Eesti_Evangeeliumi_Luteri_Usu_Konsistoorium, lk 3
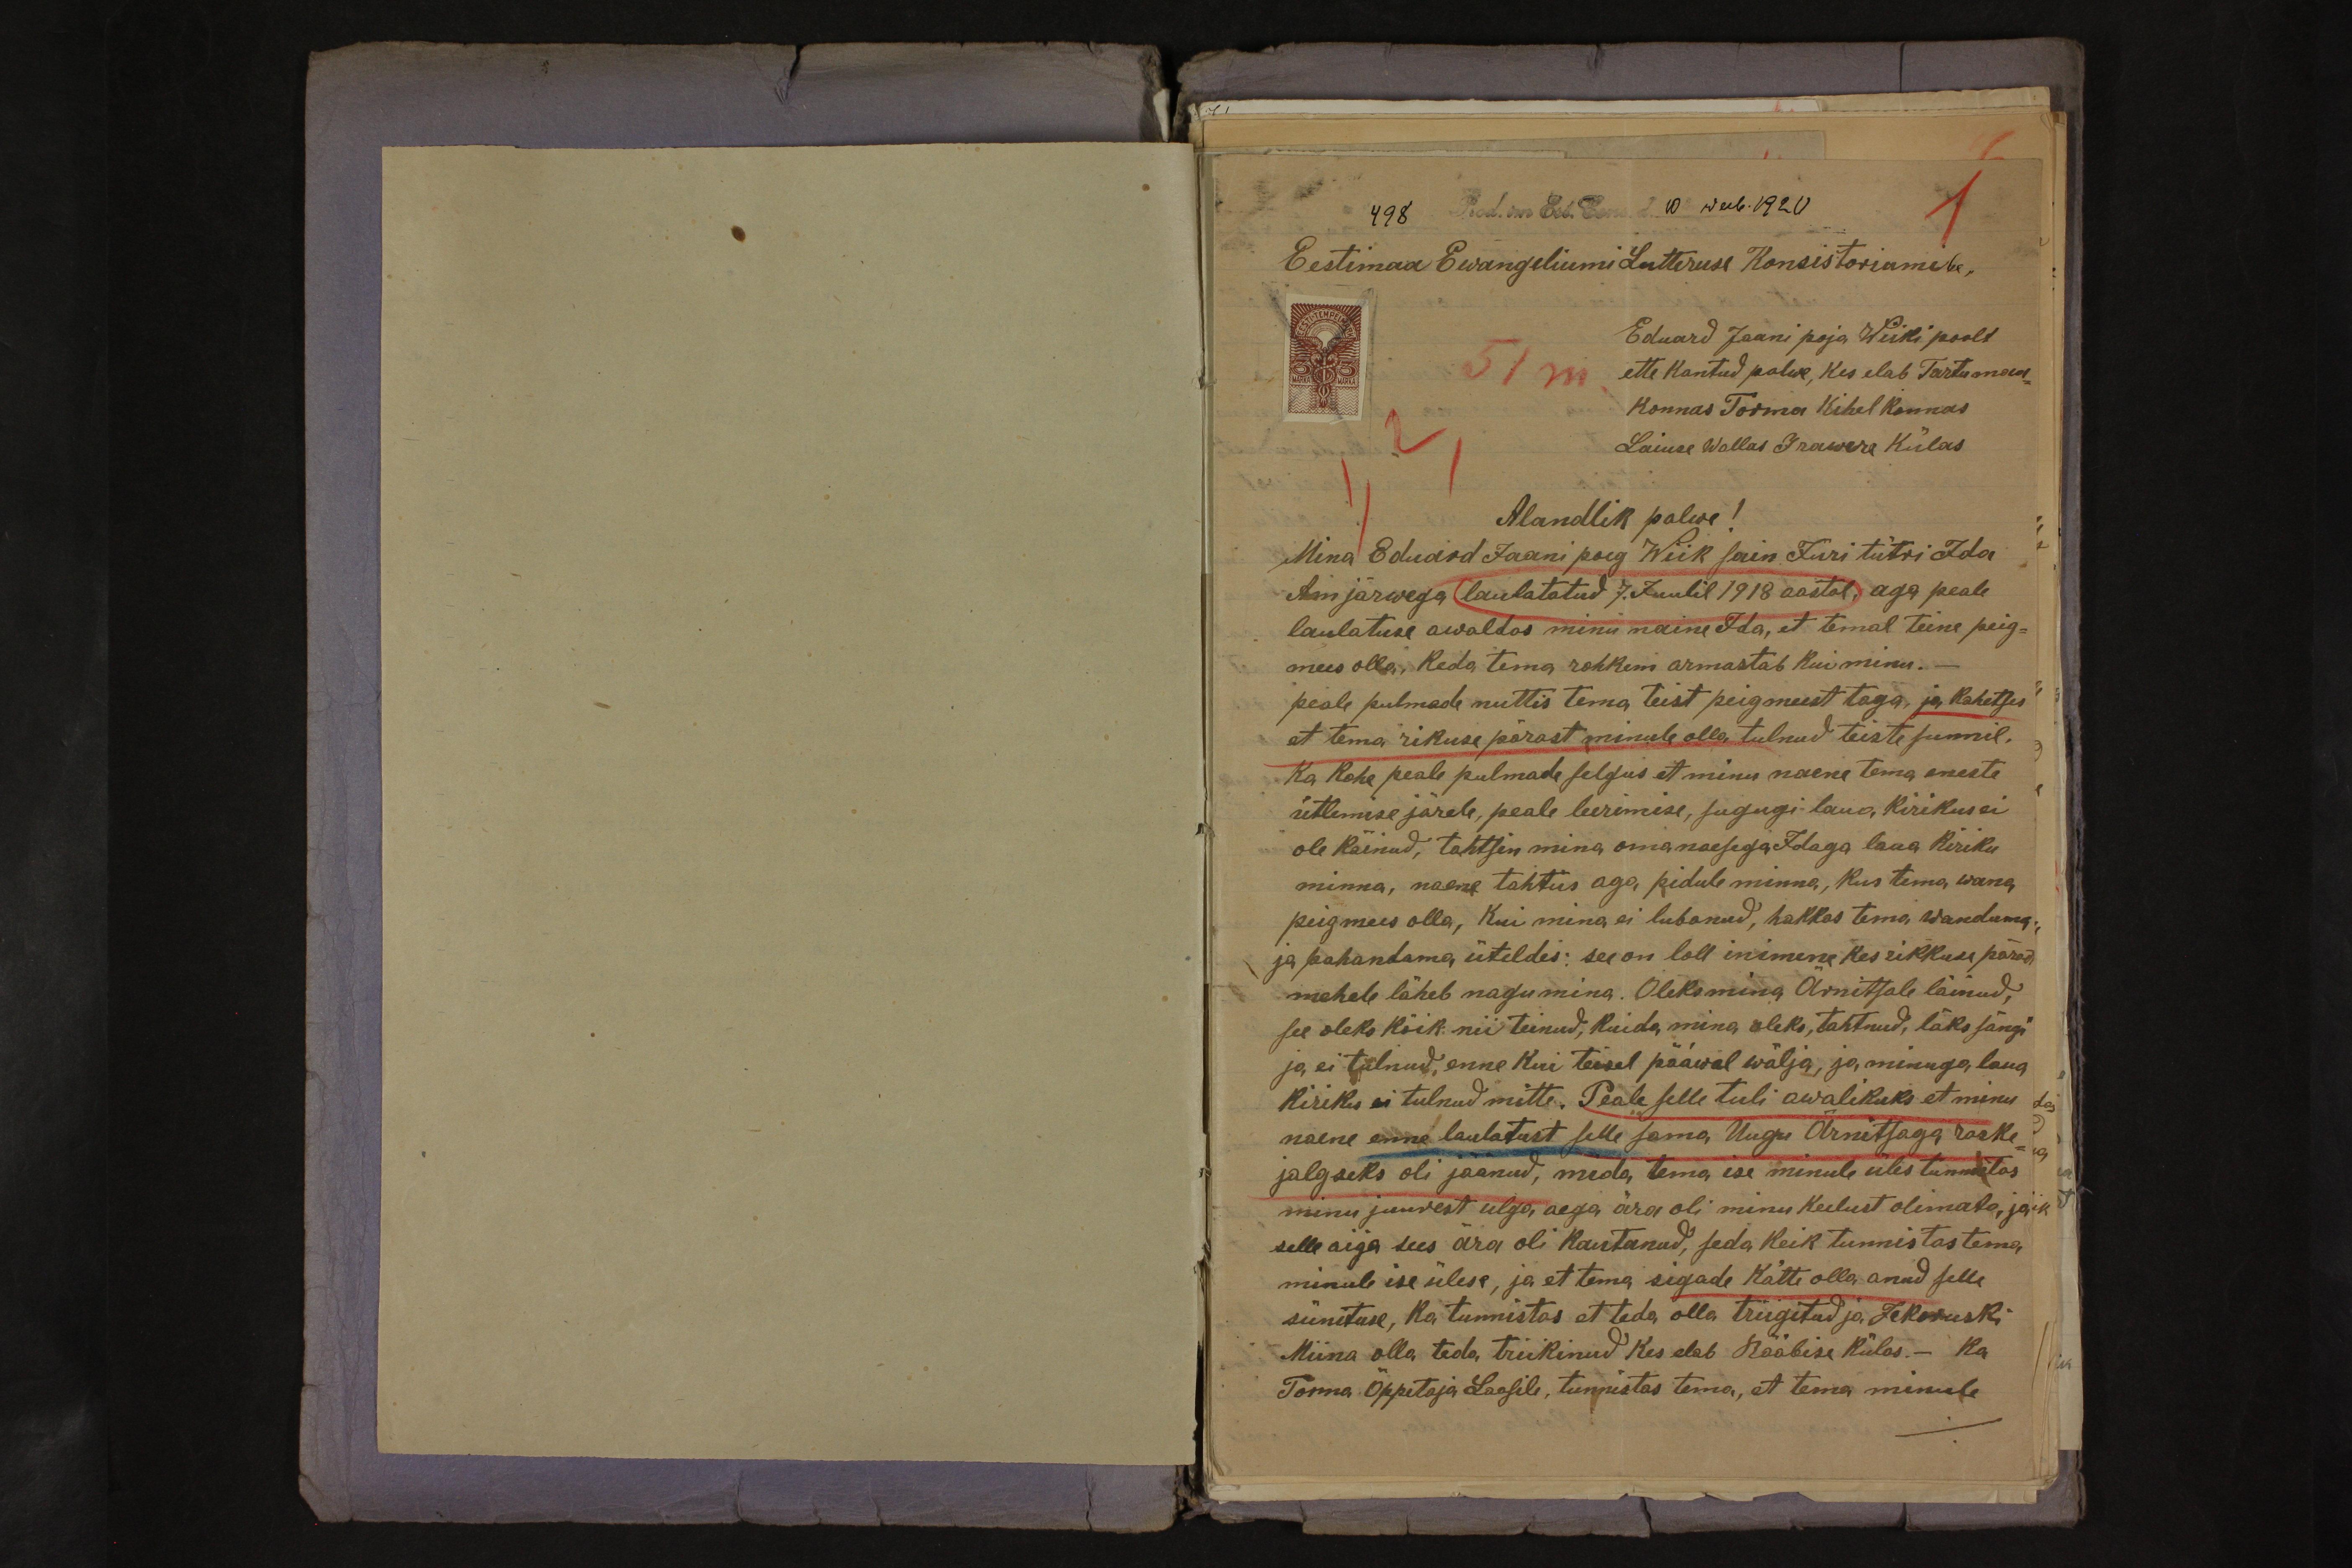
498. Prod. im Est. Cons. d. 10. weeb. 1920
1
Eestimaa Ewangeliumi Lutteruse Konsistoriumile,
Eduard Jaani poja Wiiki poolt
ette kantud palwe, kes elab Tartu maa-
konnas Torma kihelkonnas
Laiuse Wallas Irawere külas
Alandlik palwe!
Mina Eduard Jaani poeg Wiik sain Jüri tütri Ida
Ainjärwega laulatatud 7. Juulil 1918 aastal, aga peale
laulatuse awaldas minu naine Ida, et temal teine peig-
mees olla, keda tema rohkem armastab kui minu. -
peale pulmade nuttis tema teist peigmeest taga, ja kahetses
et tema rikuse pärast minule olla tulnud teiste sunnil,
Ka kohe peale pulmade selgus et minu naene tema eneste
ütlemise järele, peale leerimise, sugugi laua kirikus ei
ole käinud, tahtsin mina omanaesega Idaga laua kiriku
minna, naene tahtus aga pidule minna, kus tema wana
peigmees olla, kui mina ei lubanud, hakkas tema wanduma
ja pahandama, üteldes: see on loll inimene kes rikkuse pärast
mehele läheb nagu mina. Oleks mina Ärnitsale läinud,
see oleks kõik nii teinud, kuida mina oleks, tahtnud, läks sängi
ja ei tulnud, enne kui teisel pääwal wälja, ja minuga laua
kiriku ei tulnud mitte. Peale selle tuli awalikuks et minu
naene enne laulatust selle sama, Uugu Ärnitsaga raske
jalgseks oli jäänud, mida tema ise minule üles tunnistas.
minu juurest ulga aega ära oli minu keelust olimata, ja
selle aiga sees ära oli kautanud, seda keik tunnistas tema
minule ise ülese, ja et tema sigade kätte olla anud selle
sünituse, ka tunnistas et teda olla triigitud ja Tekokuski
Miina olla teda triikinud kes elab Rääbise külas. - Ka
Torma Õppetaja Laasile, tunnistas tema, et tema minule